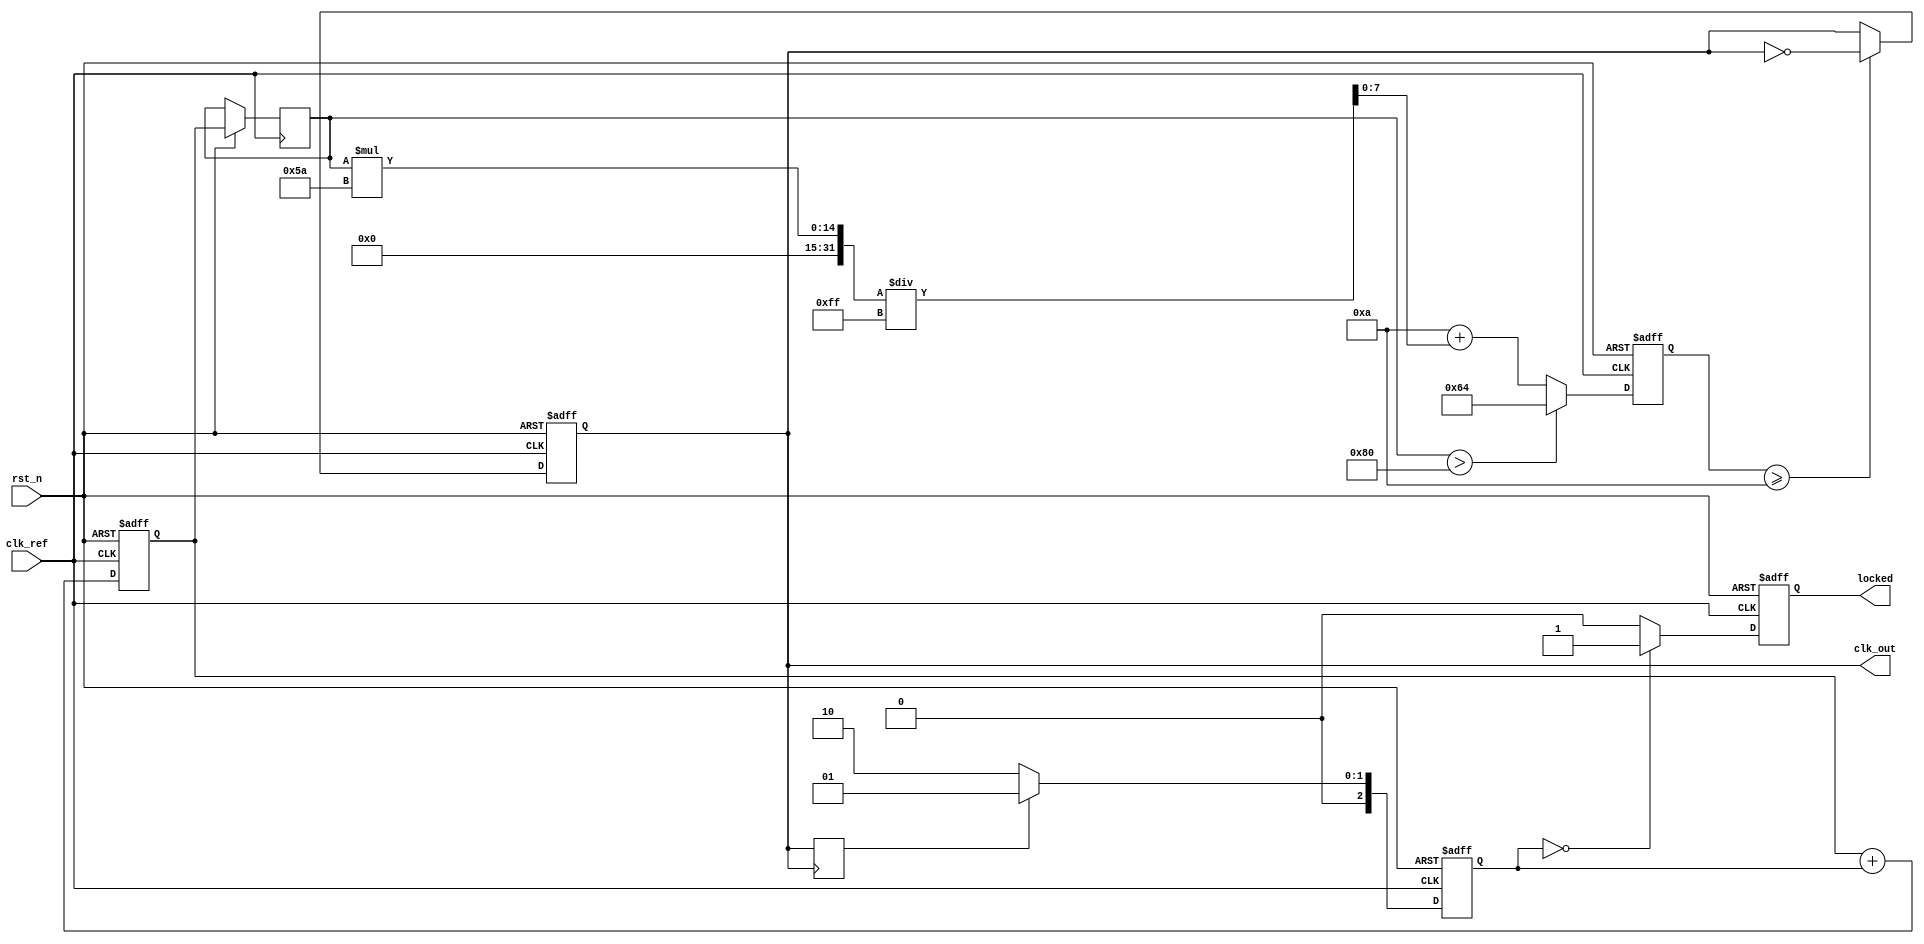
module PLL (
    input wire clk_ref,            // Reference clock input
    input wire rst_n,              // Active-low reset
    output reg clk_out,            // Output clock
    output reg locked              // Lock indicator
);

    // Parameters
    parameter DIVIDER = 4;         // Frequency divider ratio, if needed
    parameter VCO_MAX_FREQ = 100;  // Max frequency of the VCO
    parameter VCO_MIN_FREQ = 10;   // Min frequency of the VCO

    // Internal signals
    reg [2:0] phase_error;         // Phase error signal from PD
    reg [7:0] control_voltage;      // Control voltage for VCO
    reg [7:0] loop_filter_out;      // Output of loop filter
    reg [7:0] vco_freq;             // Frequency of VCO
    reg feedback;                  // Feedback signal

    // Phase Detector (PD)
    always @(posedge clk_ref or negedge rst_n) begin
        if (!rst_n) begin
            phase_error <= 3'b000;
        end else begin
            // Simplified phase comparison logic
            // Assume feedback signal is generated elsewhere
            phase_error <= feedback ? 3'b001 : 3'b010; // Example phase error logic
        end
    end

    // Loop Filter (LF)
    always @(posedge clk_ref or negedge rst_n) begin
        if (!rst_n) begin
            loop_filter_out <= 8'b00000000;
        end else begin
            // Simple first-order filter for demonstration
            loop_filter_out <= loop_filter_out + phase_error; // Simple integration of phase error
        end
    end

    // Voltage-Controlled Oscillator (VCO)
    always @(posedge clk_ref or negedge rst_n) begin
        if (!rst_n) begin
            vco_freq <= VCO_MIN_FREQ;
            clk_out <= 0;
            locked <= 0;
        end else begin
            // Control voltage determines the VCO frequency
            control_voltage <= loop_filter_out;
            if (control_voltage > 8'd128) begin
                vco_freq <= VCO_MAX_FREQ; // Max frequency
            end else begin
                vco_freq <= VCO_MIN_FREQ + (control_voltage * (VCO_MAX_FREQ - VCO_MIN_FREQ)) / 8'd255; // Linear scaling
            end
            
            // Generate output clock based on VCO frequency
            if (vco_freq >= 10) begin
                clk_out <= ~clk_out; // Toggle clock output
            end

            // Update locked status
            if (phase_error == 3'b000) begin
                locked <= 1; // PLL locked
            end else begin
                locked <= 0; // PLL not locked
            end
        end
    end

    // Feedback Path (if using a divider)
    always @(posedge clk_out) begin
        feedback <= clk_out; // For simplicity, feedback is directly taken from clk_out
        // Insert frequency divider logic here if necessary
        // if (divider_enabled) feedback <= feedback_divided;
    end

endmodule